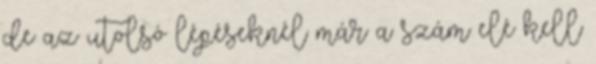
de az utolsó lépéseknél már a szám elé kell